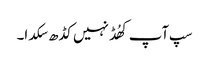
سپ آپ کھُڈ نہیں کڈھ سکدا۔